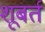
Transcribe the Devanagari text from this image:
शूबर्त